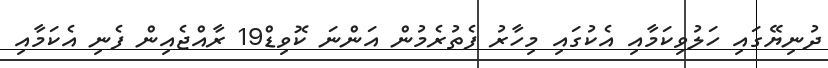
ދުނިޔޭގައި ހަލުވިކަމާއި އެކުގައި މިހާރު ފެތުރެމުން އަންނަ ކޮވިޑް19 ރާއްޖެއިން ފެނި އެކަމާއި